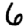
Digit: 6